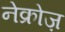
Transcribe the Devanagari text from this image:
नेक्रोज़